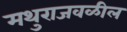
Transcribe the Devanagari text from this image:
मथुराजवळील